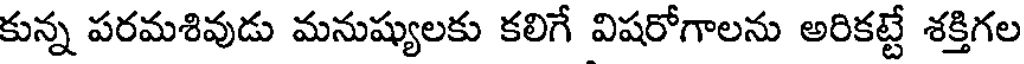
కున్న పరమశివుడు మనుష్యులకు కలిగే విషరోగాలను అరికట్టే శక్తిగల